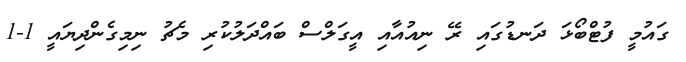
ގައުމީ ފުޓްބޯޅަ ދަނޑުގައި ރޭ ނިއުއާއި އީގަލްސް ބައްދަލުކުރި މެޗު ނިމިގެންދިޔައީ 1-1